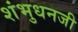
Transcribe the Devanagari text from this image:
शंभुधनजी